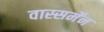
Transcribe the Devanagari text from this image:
वास्सर्मेंन